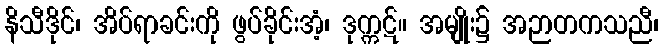
နိသီဒိုင်၊ အိပ်ရာခင်းကို ဖွပ်ခိုင်းအံ့၊ ဒုက္ကဋ်။ အမျိုး၌ အဉာတကသညီ၊